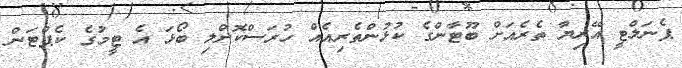
ޕެނަލްޓީ އޭރިޔާ ތެރެއަށް ބޫޓާންގެ ކުޅުންތެރިއެއް ހުރަސްކޮށްލި ބޯޅަ އެ ޓީމުގެ ކެޕްޓަން